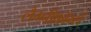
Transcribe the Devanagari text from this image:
लैम्नीफॉर्म्स